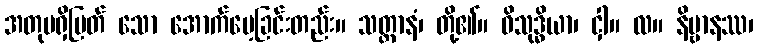
အတုမရှိမြတ် သော အောက်မေ့ခြင်းတည်း။ သတ္တာနံ၊ တို့၏။ ဝိသုဒ္ဓိယာ၊ ငှါ။ လ။ နိဗ္ဗာနဿ၊